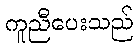
ကူညီပေးသည်